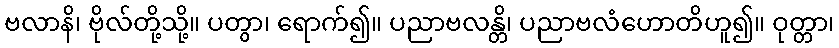
ဗလာနိ၊ ဗိုလ်တို့သို့။ ပတွာ၊ ရောက်၍။ ပညာဗလန္တိ၊ ပညာဗလံဟောတိဟူ၍။ ဝုတ္တာ၊